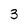
Character: 3